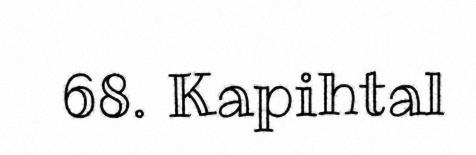
68. Kapihtal